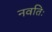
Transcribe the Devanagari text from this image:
नवतिः